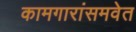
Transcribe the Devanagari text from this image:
कामगारांसमवेत